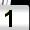
Digit: 1